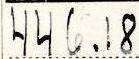
446.18